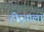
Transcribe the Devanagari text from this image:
होर्‍याला